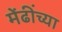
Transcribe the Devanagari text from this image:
मेंढींच्या